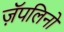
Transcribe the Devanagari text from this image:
ज़ॅपलिनों